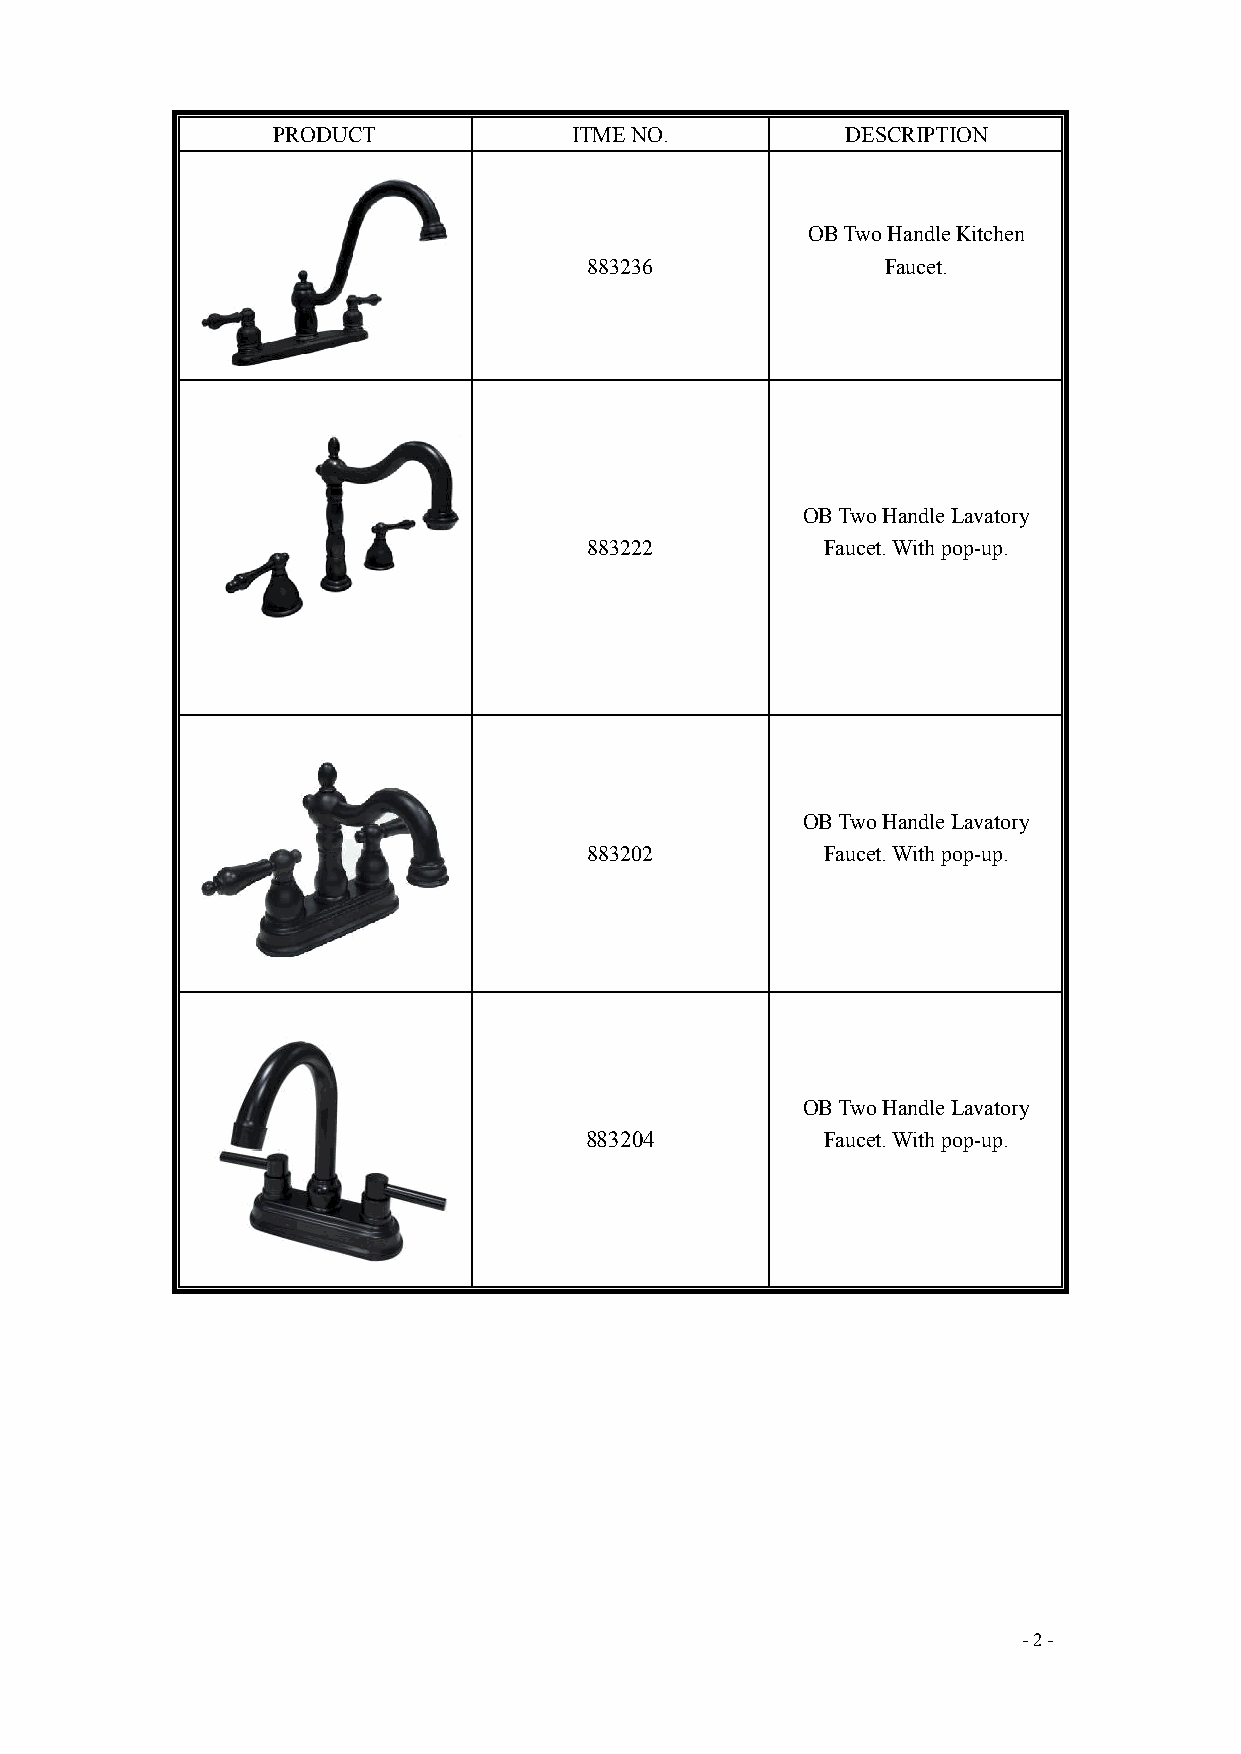
PRODUCT             ITME NO.          DESCRIPTION
 OB Two Handle Kitchen
 883236              Faucet.
 OB Two Handle Lavatory
 883222          Faucet. With pop-up.
 OB Two Handle Lavatory
 883202          Faucet. With pop-up.
 OB Two Handle Lavatory
 883204          Faucet. With pop-up.
 - 2 -